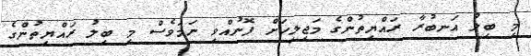
މި ބިލު އަނބުރާ ރައްޔިތުންގެ މަޖިލީހަށް ފޮނުއްވި ނަމަވެސް މި ބިލު ރައްޔިތުންގެ